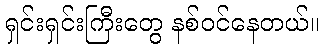
ရှင်းရှင်းကြီးတွေ နစ်ဝင်နေတယ်။